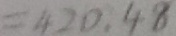
= 4 2 0 . 4 8